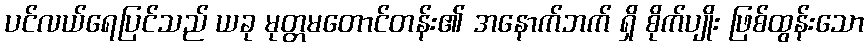
ပင်လယ်ရေပြင်သည် ယခု မုတ္တမတောင်တန်း၏ အနောက်ဘက် ရှိ စိုက်ပျိုး ဖြစ်ထွန်းသော